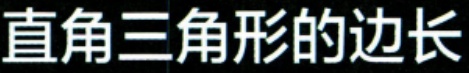
直角三角形的边长